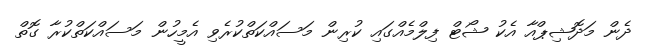
ދެން މަދޮޝިޕްއާ އެކު ޝޯޓް ފިލްމެއްގައި ކުރިން މަސައްކަތްކުރެވި އެމީހުން މަސައްކަތްކުރާ ގޮތް